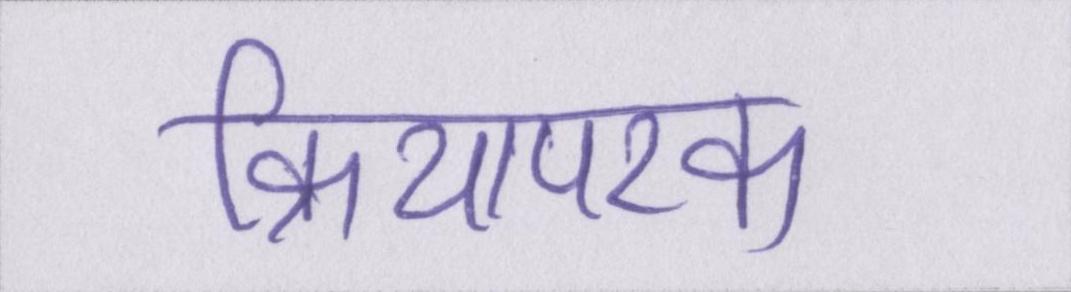
क्रियापरक